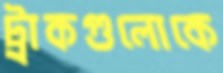
ট্রাকগুলোকে